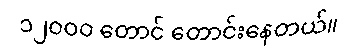
၁၂ဝဝဝ တောင် တောင်းနေတယ်။